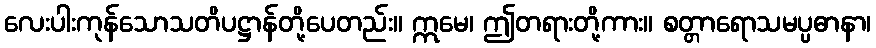
လေးပါးကုန်သောသတိပဋ္ဌာန်တို့ပေတည်း။ ဣမေ၊ ဤတရားတို့ကား။ စတ္တာရောသမပ္ပဓာနာ၊